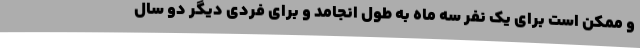
و ممکن است برای یک نفر سه ماه به طول انجامد و برای فردی دیگر دو سال